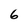
Character: 6